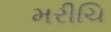
મરીચિ